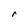
Character: r